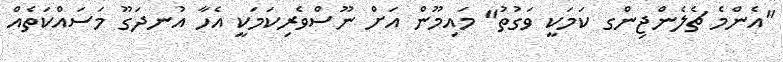
"އެންމެ ޗެލެންޖިންގ ކަމަކީ ވަގުތު" މައިމޫން އަށް ނޫސްވެރިކަމަކީ އެހާ އުނދަގޫ މަސައްކަތެއް